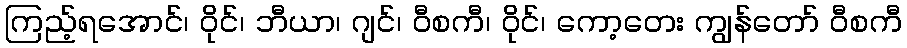
ကြည့်ရအောင်၊ ဝိုင်၊ ဘီယာ၊ ဂျင်၊ ဝီစကီ၊ ဝိုင်၊ ကော့တေး ကျွန်တော် ဝီစကီ